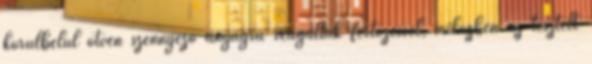
körülbelül ötven szennyező anyagra reagáltak fertőzéssel, miközben az tesztelt